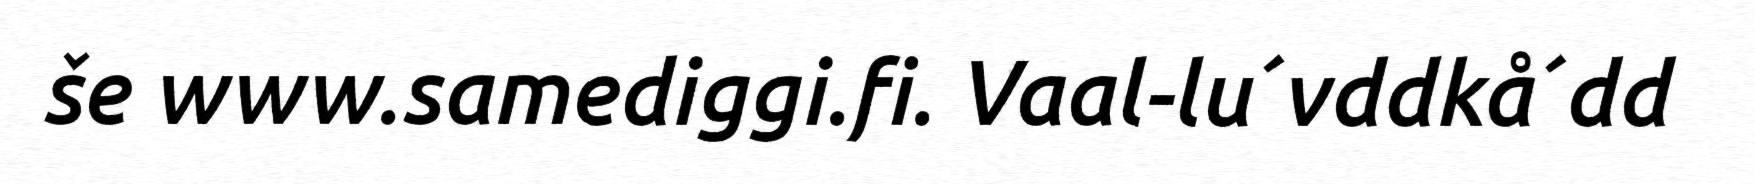
še www.samediggi.fi. Vaal-lu´vddkå´dd